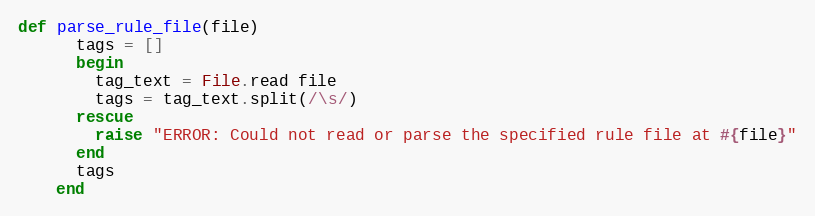
Language: Ruby
def parse_rule_file(file)
      tags = []
      begin
        tag_text = File.read file
        tags = tag_text.split(/\s/)
      rescue
        raise "ERROR: Could not read or parse the specified rule file at #{file}"
      end
      tags
    end